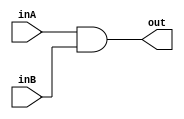
`ifndef __ANDM_V__
`define __ANDM_V__

module Andm ( // 1 bit and for (branch & zero)
	input wire inA,
	input wire inB,
	output wire out
	);

	assign out = inA & inB;

endmodule

`endif /*__ANDM_V__*/